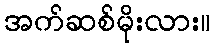
အက်ဆစ်မိုးလား။